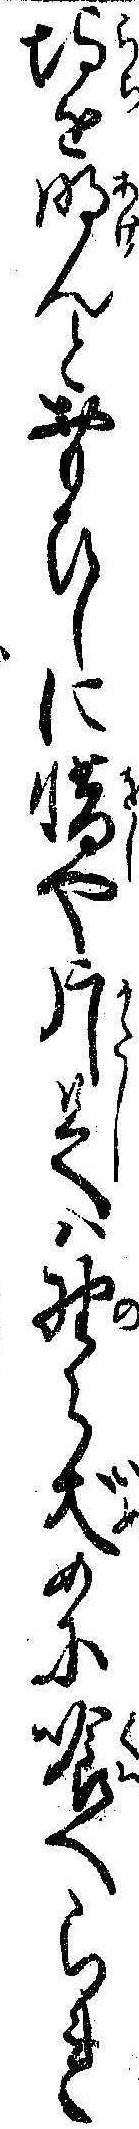
埒を明んとおもひしに惜や片足は野ら犬めに喰へられ